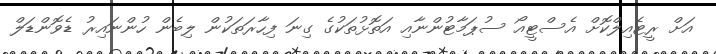
އަށް ރީޓެއިލްކޮށް އެސްޓީއޯ ސުޕަމާޓުންނާއި އަތޮޅުތަކުގެ ގިނަ ފިހާރަތަކުން ލިބެން ހުންނައިރު ޑެވޮންޑަލް